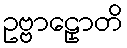
ဥဗ္ဗာဠှောတိ